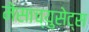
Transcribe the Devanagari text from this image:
मेसाच्युसेट्स